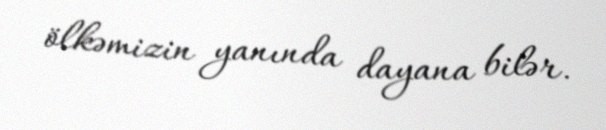
ölkəmizin yanında dayana bilər.